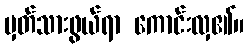
မှတ်သားဖွယ်ရာ ကောင်းလှ၏။